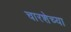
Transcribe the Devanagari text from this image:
चारशेच्या